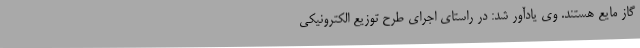
گاز مایع هستند. وی یادآور شد: در راستای اجرای طرح توزیع الکترونیکی